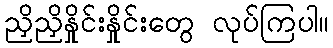
ညှိညှိနှိုင်းနှိုင်းတွေ လုပ်ကြပါ။